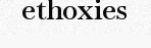
ethoxies